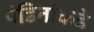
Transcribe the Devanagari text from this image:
पंडितांकडे